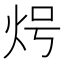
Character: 𭴒